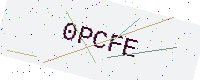
Text: 0PCFE